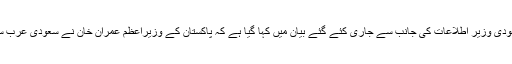
وزیراعظم کے دورے کے بعد سعودی وزیر اطلاعات کی جانب سے جاری کئے گئے بیان میں کہا گیا ہے کہ پاکستان کے وزیراعظم عمران خان نے سعودی عرب سے غیر ملکی دوروں کا آغاز کیا ۔